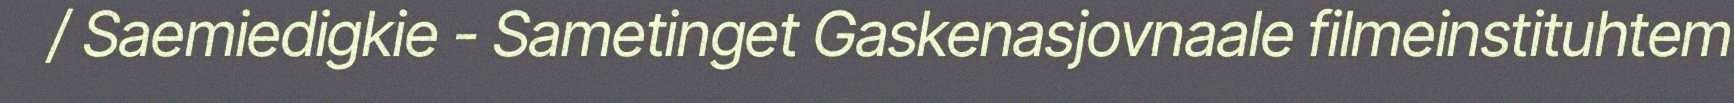
/ Saemiedigkie - Sametinget Gaskenasjovnaale filmeinstituhtem